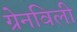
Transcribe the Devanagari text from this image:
ग्रेनविली